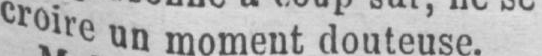
croire un moment douteuse.